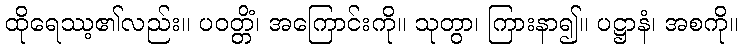
ထိုရေဿ့၏လည်း။ ပဝတ္တိံ၊ အကြောင်းကို။ သုတွာ၊ ကြားနာ၍။ ပဋ္ဌာနံ၊ အစကို။